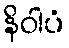
နိဝါပံ